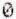
0